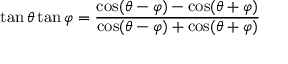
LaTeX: \tan \theta \tan \varphi = { \frac { \cos ( \theta - \varphi ) - \cos ( \theta + \varphi ) } { \cos ( \theta - \varphi ) + \cos ( \theta + \varphi ) } }